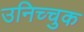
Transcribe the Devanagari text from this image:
उनिच्चुक